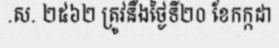
.ស. ២៥៦២ ត្រូវនឹងថ្ងៃទី២០ ខែកក្កដា